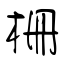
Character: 柵